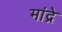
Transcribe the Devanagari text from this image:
मांद्रे